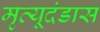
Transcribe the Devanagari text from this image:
मृत्यूदंडास